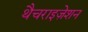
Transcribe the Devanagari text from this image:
थैचराइज़ेशन